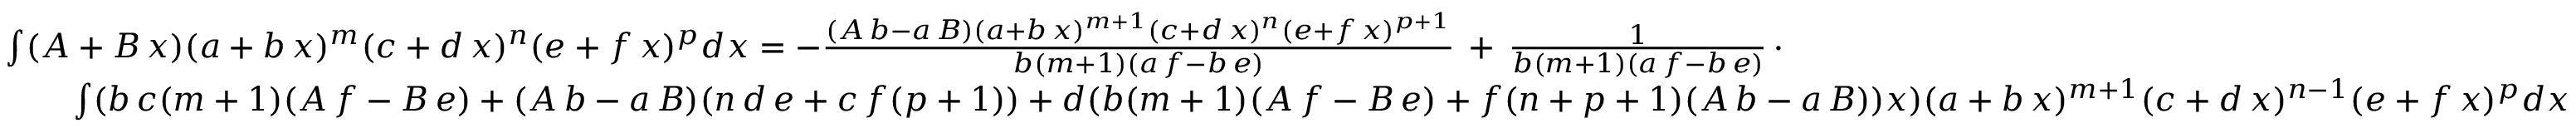
{ \begin{array} { r l } & { \int ( A + B \, x ) ( a + b \, x ) ^ { m } ( c + d \, x ) ^ { n } ( e + f \, x ) ^ { p } d x = - { \frac { ( A \, b - a \, B ) ( a + b \, x ) ^ { m + 1 } ( c + d \, x ) ^ { n } ( e + f \, x ) ^ { p + 1 } } { b ( m + 1 ) ( a \, f - b \, e ) } } \, + \, { \frac { 1 } { b ( m + 1 ) ( a \, f - b \, e ) } } \, \cdot } \\ & { \qquad \int ( b \, c ( m + 1 ) ( A \, f - B \, e ) + ( A \, b - a \, B ) ( n \, d \, e + c \, f ( p + 1 ) ) + d ( b ( m + 1 ) ( A \, f - B \, e ) + f ( n + p + 1 ) ( A \, b - a \, B ) ) x ) ( a + b \, x ) ^ { m + 1 } ( c + d \, x ) ^ { n - 1 } ( e + f \, x ) ^ { p } d x } \end{array} }